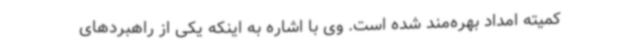
کمیته امداد بهره‌مند شده است. وی با اشاره به اینکه یکی از راهبردهای